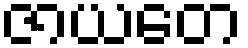
ဇာယတေ